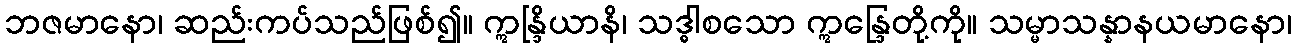
ဘဇမာနော၊ ဆည်းကပ်သည်ဖြစ်၍။ ဣန္ဒြိယာနိ၊ သဒ္ဓါစသော ဣန္ဒြေတို့ကို။ သမ္မာသန္နာနယမာနော၊